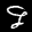
Label: 9